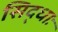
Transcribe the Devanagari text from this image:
सिद्धाः